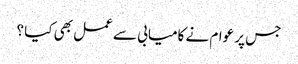
جس پر عوام نے کامیابی سے عمل بھی کیا ؟